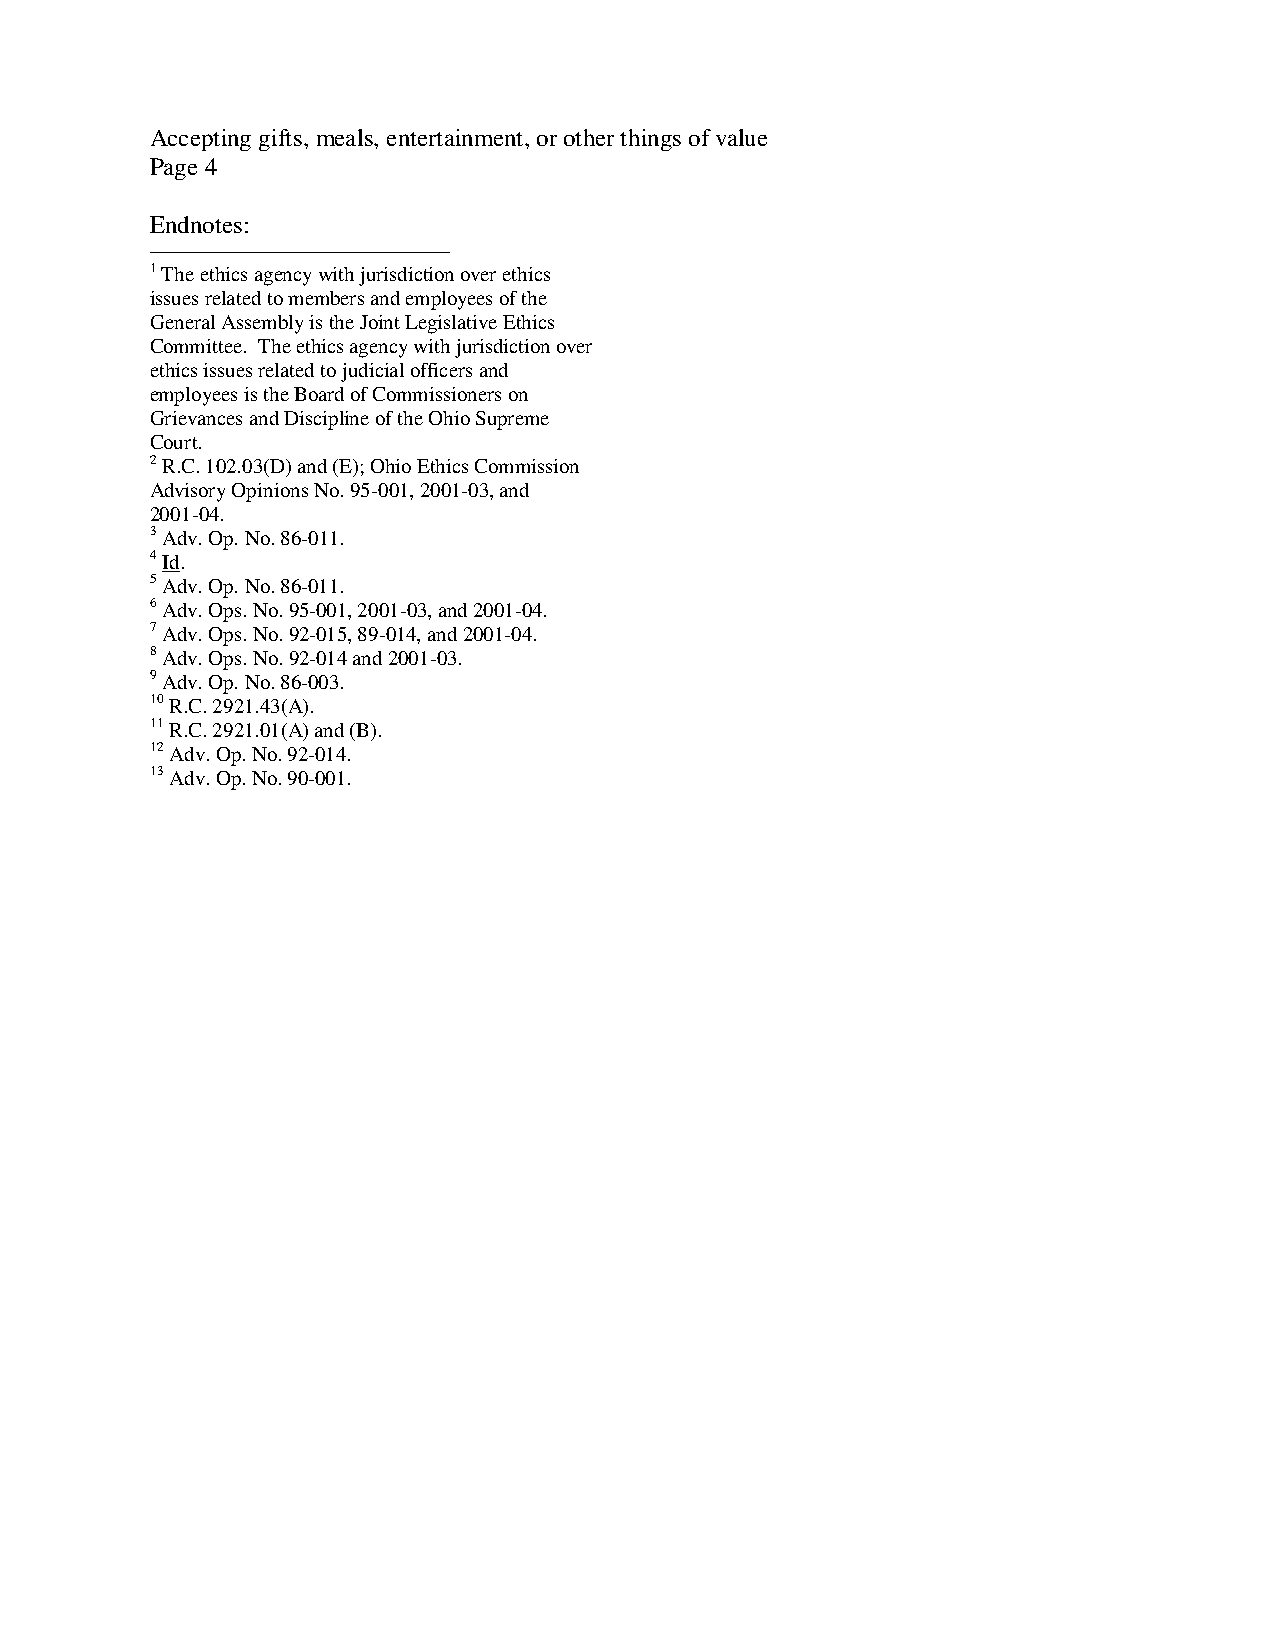
Accepting gifts, meals, entertainment, or other things of value
 Page 4
 Endnotes:
 1 The ethics agency with jurisdiction over ethics
 issues related to members and employees of the
 General Assembly is the Joint Legislative Ethics
 Committee. The ethics agency with jurisdiction over
 ethics issues related to judicial officers and
 employees is the Board of Commissioners on
 Grievances and Discipline of the Ohio Supreme
 Court.
 2 R.C. 102.03(D) and (E); Ohio Ethics Commission
 Advisory Opinions No. 95-001, 2001-03, and
 2001-04.
 3 Adv. Op. No. 86-011.
 4 Id.
 5 Adv. Op. No. 86-011.
 6 Adv. Ops. No. 95-001, 2001-03, and 2001-04.
 7 Adv. Ops. No. 92-015, 89-014, and 2001-04.
 8 Adv. Ops. No. 92-014 and 2001-03.
 9 Adv. Op. No. 86-003.
 10 R.C. 2921.43(A).
 11 R.C. 2921.01(A) and (B).
 12 Adv. Op. No. 92-014.
 13 Adv. Op. No. 90-001.